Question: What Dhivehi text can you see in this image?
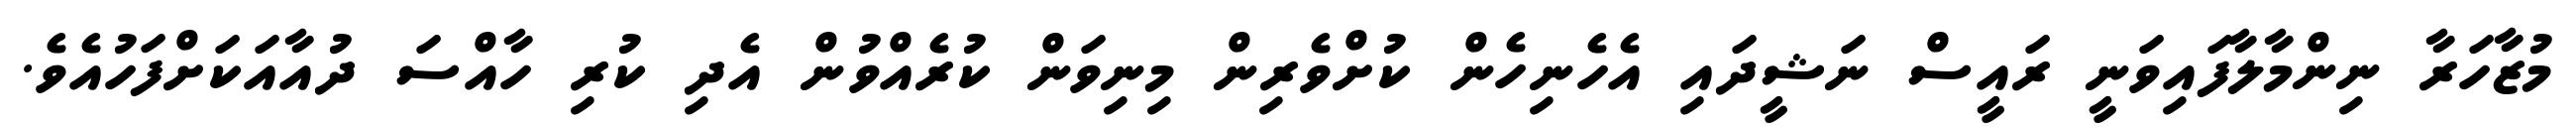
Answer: މުޒާހަރާ ނިންމާލާފައިވަނީ ރައީސް ނަޝީދައި އެހެނިހެން ކުށްވެރިން މިނިވަން ކުރެއްވުން އެދި ކުރި ހާއްސަ ދުއާއަކަށްފަހުއެވެ.